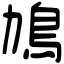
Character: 鳩